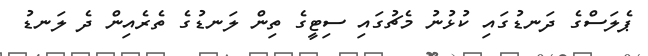
ޕެލަސްގެ ދަނޑުގައި ކުޅުނު މެޗުގައި ސިޓީގެ ތިން ލަނޑުގެ ތެރެއިން ދެ ލަނޑު